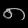
Digit: ၈